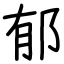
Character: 郁